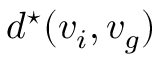
d ^ { \star } ( v _ { i } , v _ { g } )